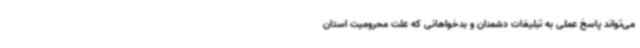
می‌تواند پاسخ عملی به تبلیغات دشمنان و بدخواهانی که علت محرومیت استان